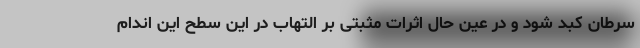
سرطان کبد شود و در عین حال اثرات مثبتی بر التهاب در این سطح این اندام